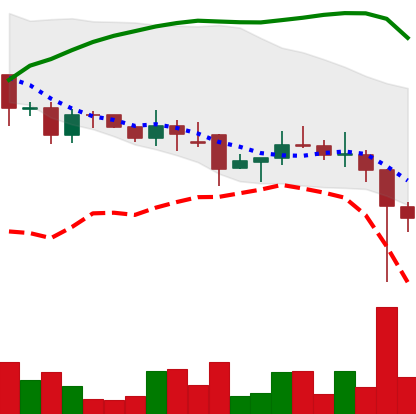
Ticker: DOGE-USD
Chart end date: 2021-12-05
Forward return: -3.99%
Label: down_3_5